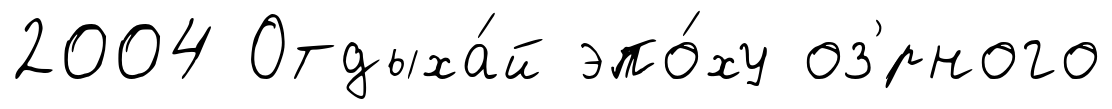
2004 Отдыха́й эпо́ху оз'́рного